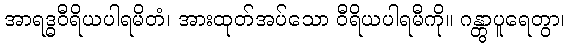
အာရဒ္ဓဝီရိယပါရမိတံ၊ အားထုတ်အပ်သော ဝီရိယပါရမီကို။ ဂန္တွာပူရေတွာ၊